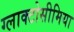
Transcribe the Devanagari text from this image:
ग्लाक्टोसीमिया